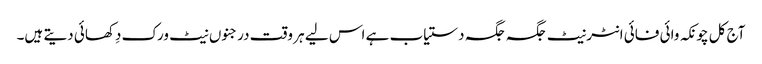
آج کل چونکہ وائی فائی انٹرنیٹ جگہ جگہ دستیاب ہے اس لیے ہر وقت درجنوں نیٹ ورک دِکھائی دیتے ہیں۔